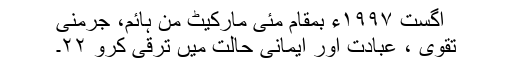
اگست ١٩٩٧ء بمقام مئی مارکیٹ من ہائم، جرمنی
تقویٰ ، عبادت اور ایمانی حالت میں ترقی کرو ٢٢۔